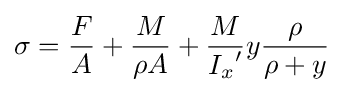
\sigma ={\frac {F}{A}}+{\frac {M}{\rho A}}+{\frac {M}{{I_{x}}'}}y{\frac {\rho }{\rho +y}}